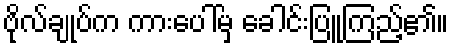
ဗိုလ်ချုပ်က ကားပေါ်မှ ခေါင်းပြူကြည့်၏။